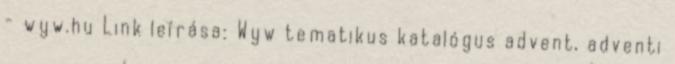
- wyw.hu Link leírása: Wyw tematikus katalógus advent, adventi